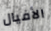
الأفيال